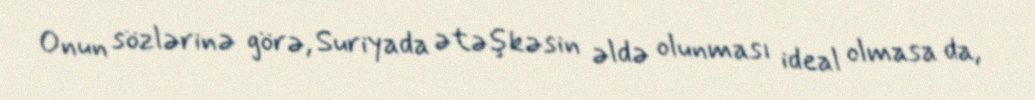
Onun sözlərinə görə, Suriyada ətəşkəsin əldə olunması ideal olmasa da,